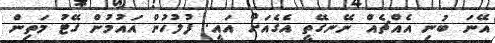
އޭނަ ބުނި އެއްޗެއް ނޭނގޭތީ އެގެއަށް އައީ. ފުލުހުން އައުމުން ގޭޓު މަތިން